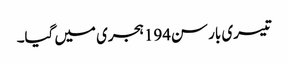
تیسری بار سن194ہجری میں گیا۔